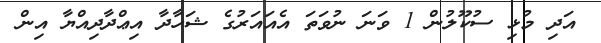
އަދި މުޅި ސުކޫލުން 1 ވަނަ ނުވަތަ އެއައަރުގެ ޝަހާދާ އިޢްދާދިއްޔާ އިން